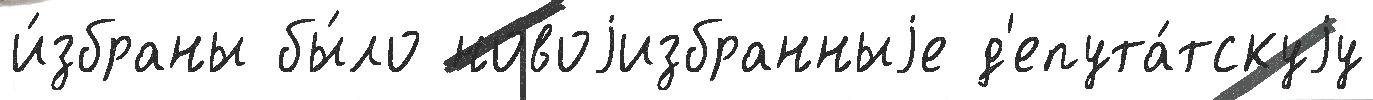
и́збраны бы́ло новоjизбранныjе д'епута́тскуjу